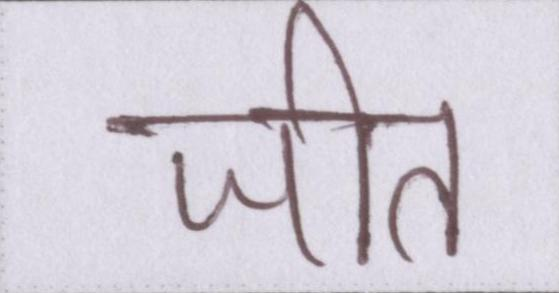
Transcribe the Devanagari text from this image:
जीत